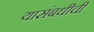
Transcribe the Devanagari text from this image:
यासंबधीची